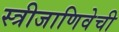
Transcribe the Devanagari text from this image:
स्त्रीजाणिवेची